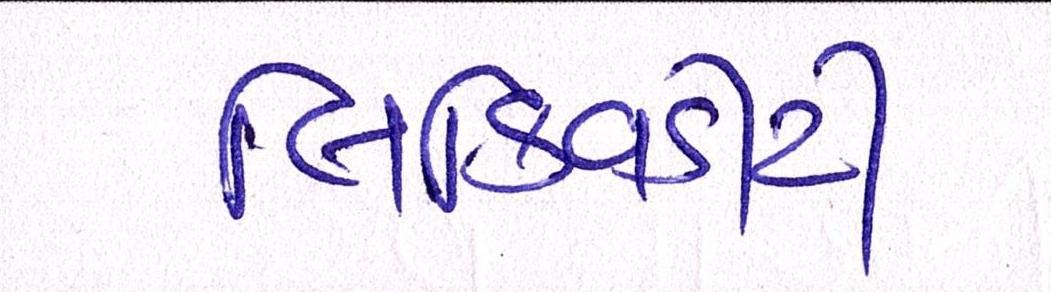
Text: લિક્વિડીટી